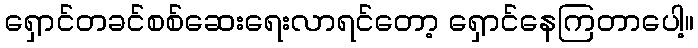
ရှောင်တခင်စစ်ဆေးရေးလာရင်တော့ ရှောင်နေကြတာပေါ့။